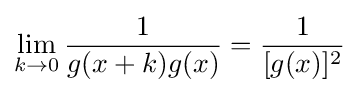
\lim _{k\to 0}{\frac {1}{g(x+k)g(x)}}={\frac {1}{[g(x)]^{2}}}